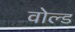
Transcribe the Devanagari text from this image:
वोल्ड